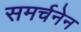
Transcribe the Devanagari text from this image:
समर्चनेन